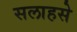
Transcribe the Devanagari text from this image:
सलाहसे